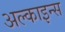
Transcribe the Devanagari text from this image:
अल्काइन्स